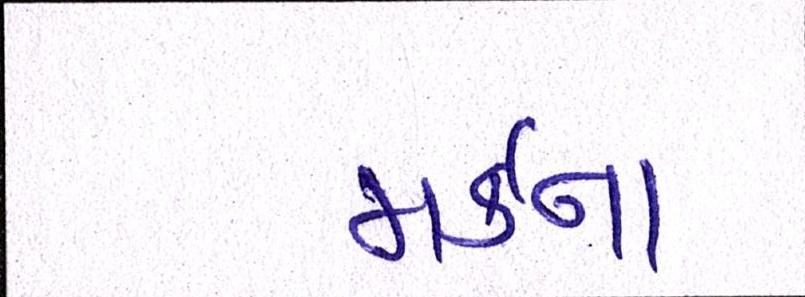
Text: મર્કના